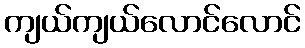
ကျယ်ကျယ်လောင်လောင်